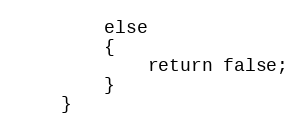
Language: PHP
		else
		{
			return false;
		}
	}